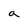
Character: a